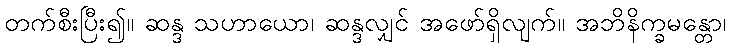
တက်စီးပြီး၍။ ဆန္ဒ သဟာယော၊ ဆန္ဒလျှင် အဖော်ရှိလျက်။ အဘိနိက္ခမန္တော၊